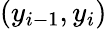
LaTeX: (y_{i-1},y_{i})